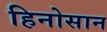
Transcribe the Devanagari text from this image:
हिनोसान